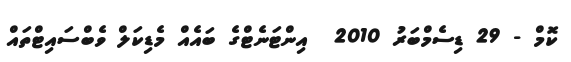
ކޮމް - 29 ޑިސެމްބަރު 2010  އިންޓަނެޓްގެ ބައެއް މެޑިކަލް ވެބްސައިޓްތައް